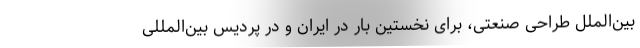
بین‌الملل طراحی صنعتی، برای نخستین بار در ایران و در پردیس بین‌المللی